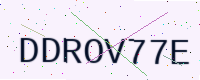
Text: DDROV77E